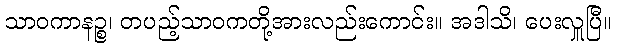
သာဝကာနဉ္စ၊ တပည့်သာဝကတို့အားလည်းကောင်း။ အဒါသိ၊ ပေးလှူပြီ။